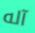
آله